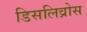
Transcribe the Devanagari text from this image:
डिसलिव्रोस